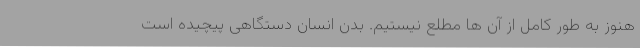
هنوز به طور کامل از آن ها مطلع نیستیم. بدن انسان دستگاهی پیچیده است